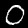
Label: 0